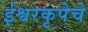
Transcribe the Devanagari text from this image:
ईश्वरकृपेचे